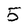
Character: 5